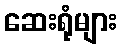
ဆေးရုံများ